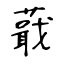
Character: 蕺